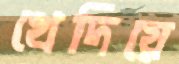
খেদিয়ে